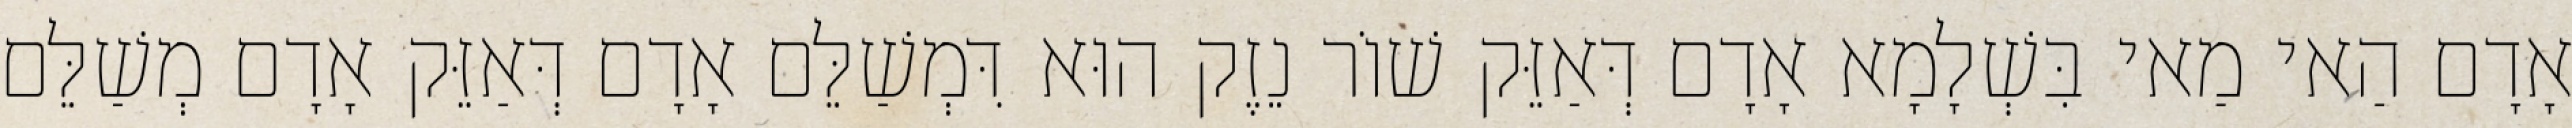
אָדָם הַאי מַאי בִּשְׁלָמָא אָדָם דְּאַזֵּק שׁוֹר נֵזֶק הוּא דִּמְשַׁלֵּם אָדָם דְּאַזֵּק אָדָם מְשַׁלֵּם